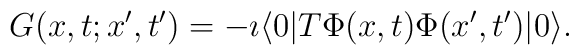
G(x,t;x',t')=-\imath\langle 0|T \Phi(x,t) \Phi(x',t')|0 \rangle.